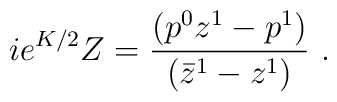
ie^{K/2}Z={( p^0 z^1 - p^1) \over (\bar z^1 - z^1) }\ .